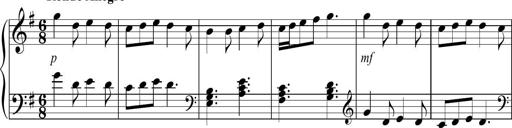
Title: Sonatina no. 2
Composer: Brian Henderson-Sellers
Key: G major